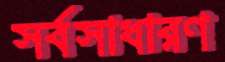
সর্বসাধারণ